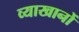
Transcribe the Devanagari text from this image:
व्याखानों